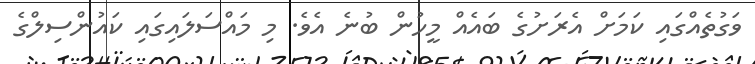
ވަގުތެއްގައި ކަމަށް އެރަށުގެ ބައެއް މީހުން ބުނެ އެވެ. މި މައްސަލައިގައި ކައުންސިލްގެ